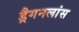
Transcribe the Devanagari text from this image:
ड्रैगनलांस